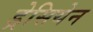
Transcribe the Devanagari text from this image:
ड्रेसियेन